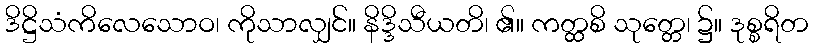
ဒိဋ္ဌိသံကိလေသောဝ၊ ကိုသာလျှင်။ နိဒ္ဒိသီယတိ၊ ၏။ ကတ္ထစိ သုတ္တေ၊ ၌။ ဒုစ္စရိတ